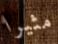
مثيرا